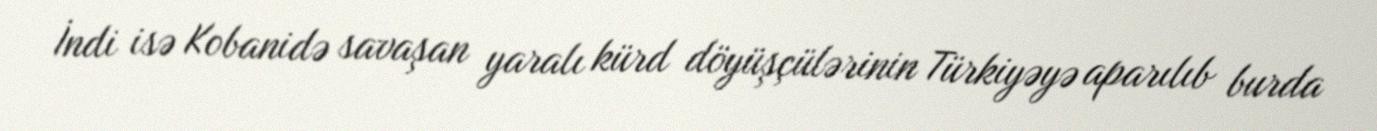
İndi isə Kobanidə savaşan yaralı kürd döyüşçülərinin Türkiyəyə aparılıb burda